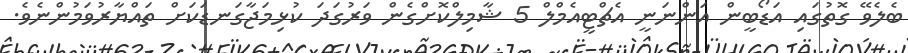
ބެލެވޭ ގޮތުގައި އަޑޯބީން އަންނަނީ އެޗްޓީއެމްލް 5 ޝާމިލްކޮށްގެން ވަރުގަދަ ކުޅިމަޖާގަނޑަކަށް ތައްޔާރުވަމުންނެވެ.